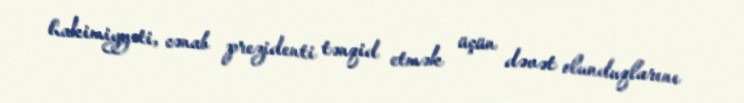
hakimiyyəti, cənab prezidenti tənqid etmək üçün dəvət olunduqlarını